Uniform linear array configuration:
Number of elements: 48
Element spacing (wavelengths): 0.75
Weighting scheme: kaiser
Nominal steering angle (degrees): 45
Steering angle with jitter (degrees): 46.72
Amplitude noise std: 0.05
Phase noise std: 0.05

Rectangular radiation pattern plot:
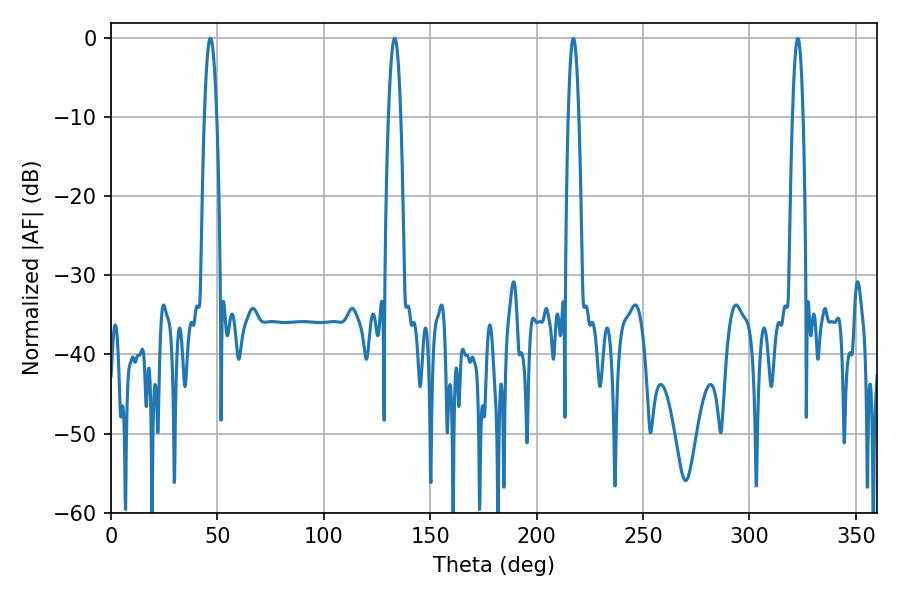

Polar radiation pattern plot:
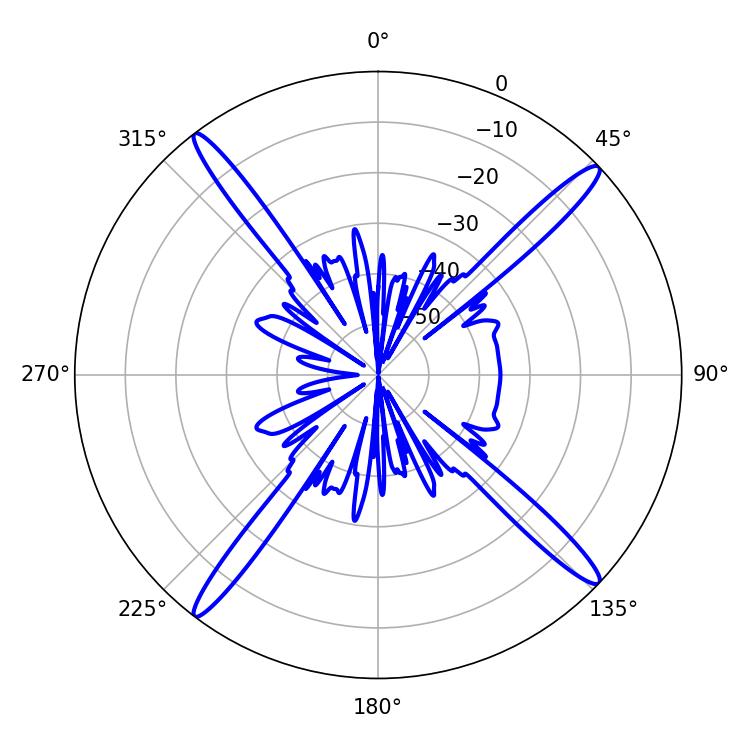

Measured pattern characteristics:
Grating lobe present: TRUE
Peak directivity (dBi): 19.006
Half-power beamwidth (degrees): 2.7
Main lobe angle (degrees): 217.26